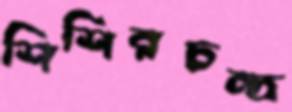
শিশিরচন্দ্র